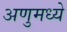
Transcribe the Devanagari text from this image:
अणुमध्ये